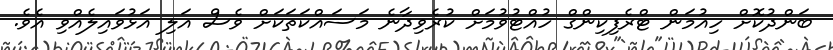
ބަންދުކޮށް ހިއުމަން ޓްރެފިކިންގް ހުއްޓުވުމަށް ކުރެވިދާނެ މަސައްކަތަކަށް ވެސް އަލި އަޅުވައިލެއްވި އެވެ.